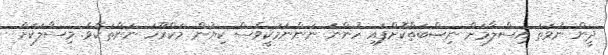
ދީން ނުވަތަ އިސްލާމަށް ނިޞްބަތްކޮށްފައި ހުންނަ ނަންނަމަކީވެސް ކިޔުން މަކްރޫހަ ނަންތަކެވެ. މިސާލަކަށް